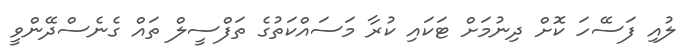
ލުއި ފަސޭހަ ކޮށް ދިނުމަށް ޓަކައި ކުރާ މަސައްކަތުގެ ތަފްސީލް ތައް ގެނެސްދޭންވީ